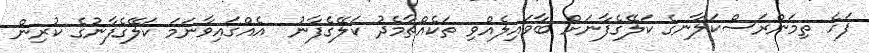
ފަހެ ތިމަންރަސްކަލާނގެ ކަލޭގެފާނަށް ބާވައިލެއްވި ތަކެއްޗާމެދު ކަލޭގެފާނު  އެއްގައިވާނަމަ ކަލޭގެފާނުގެ ކުރިން